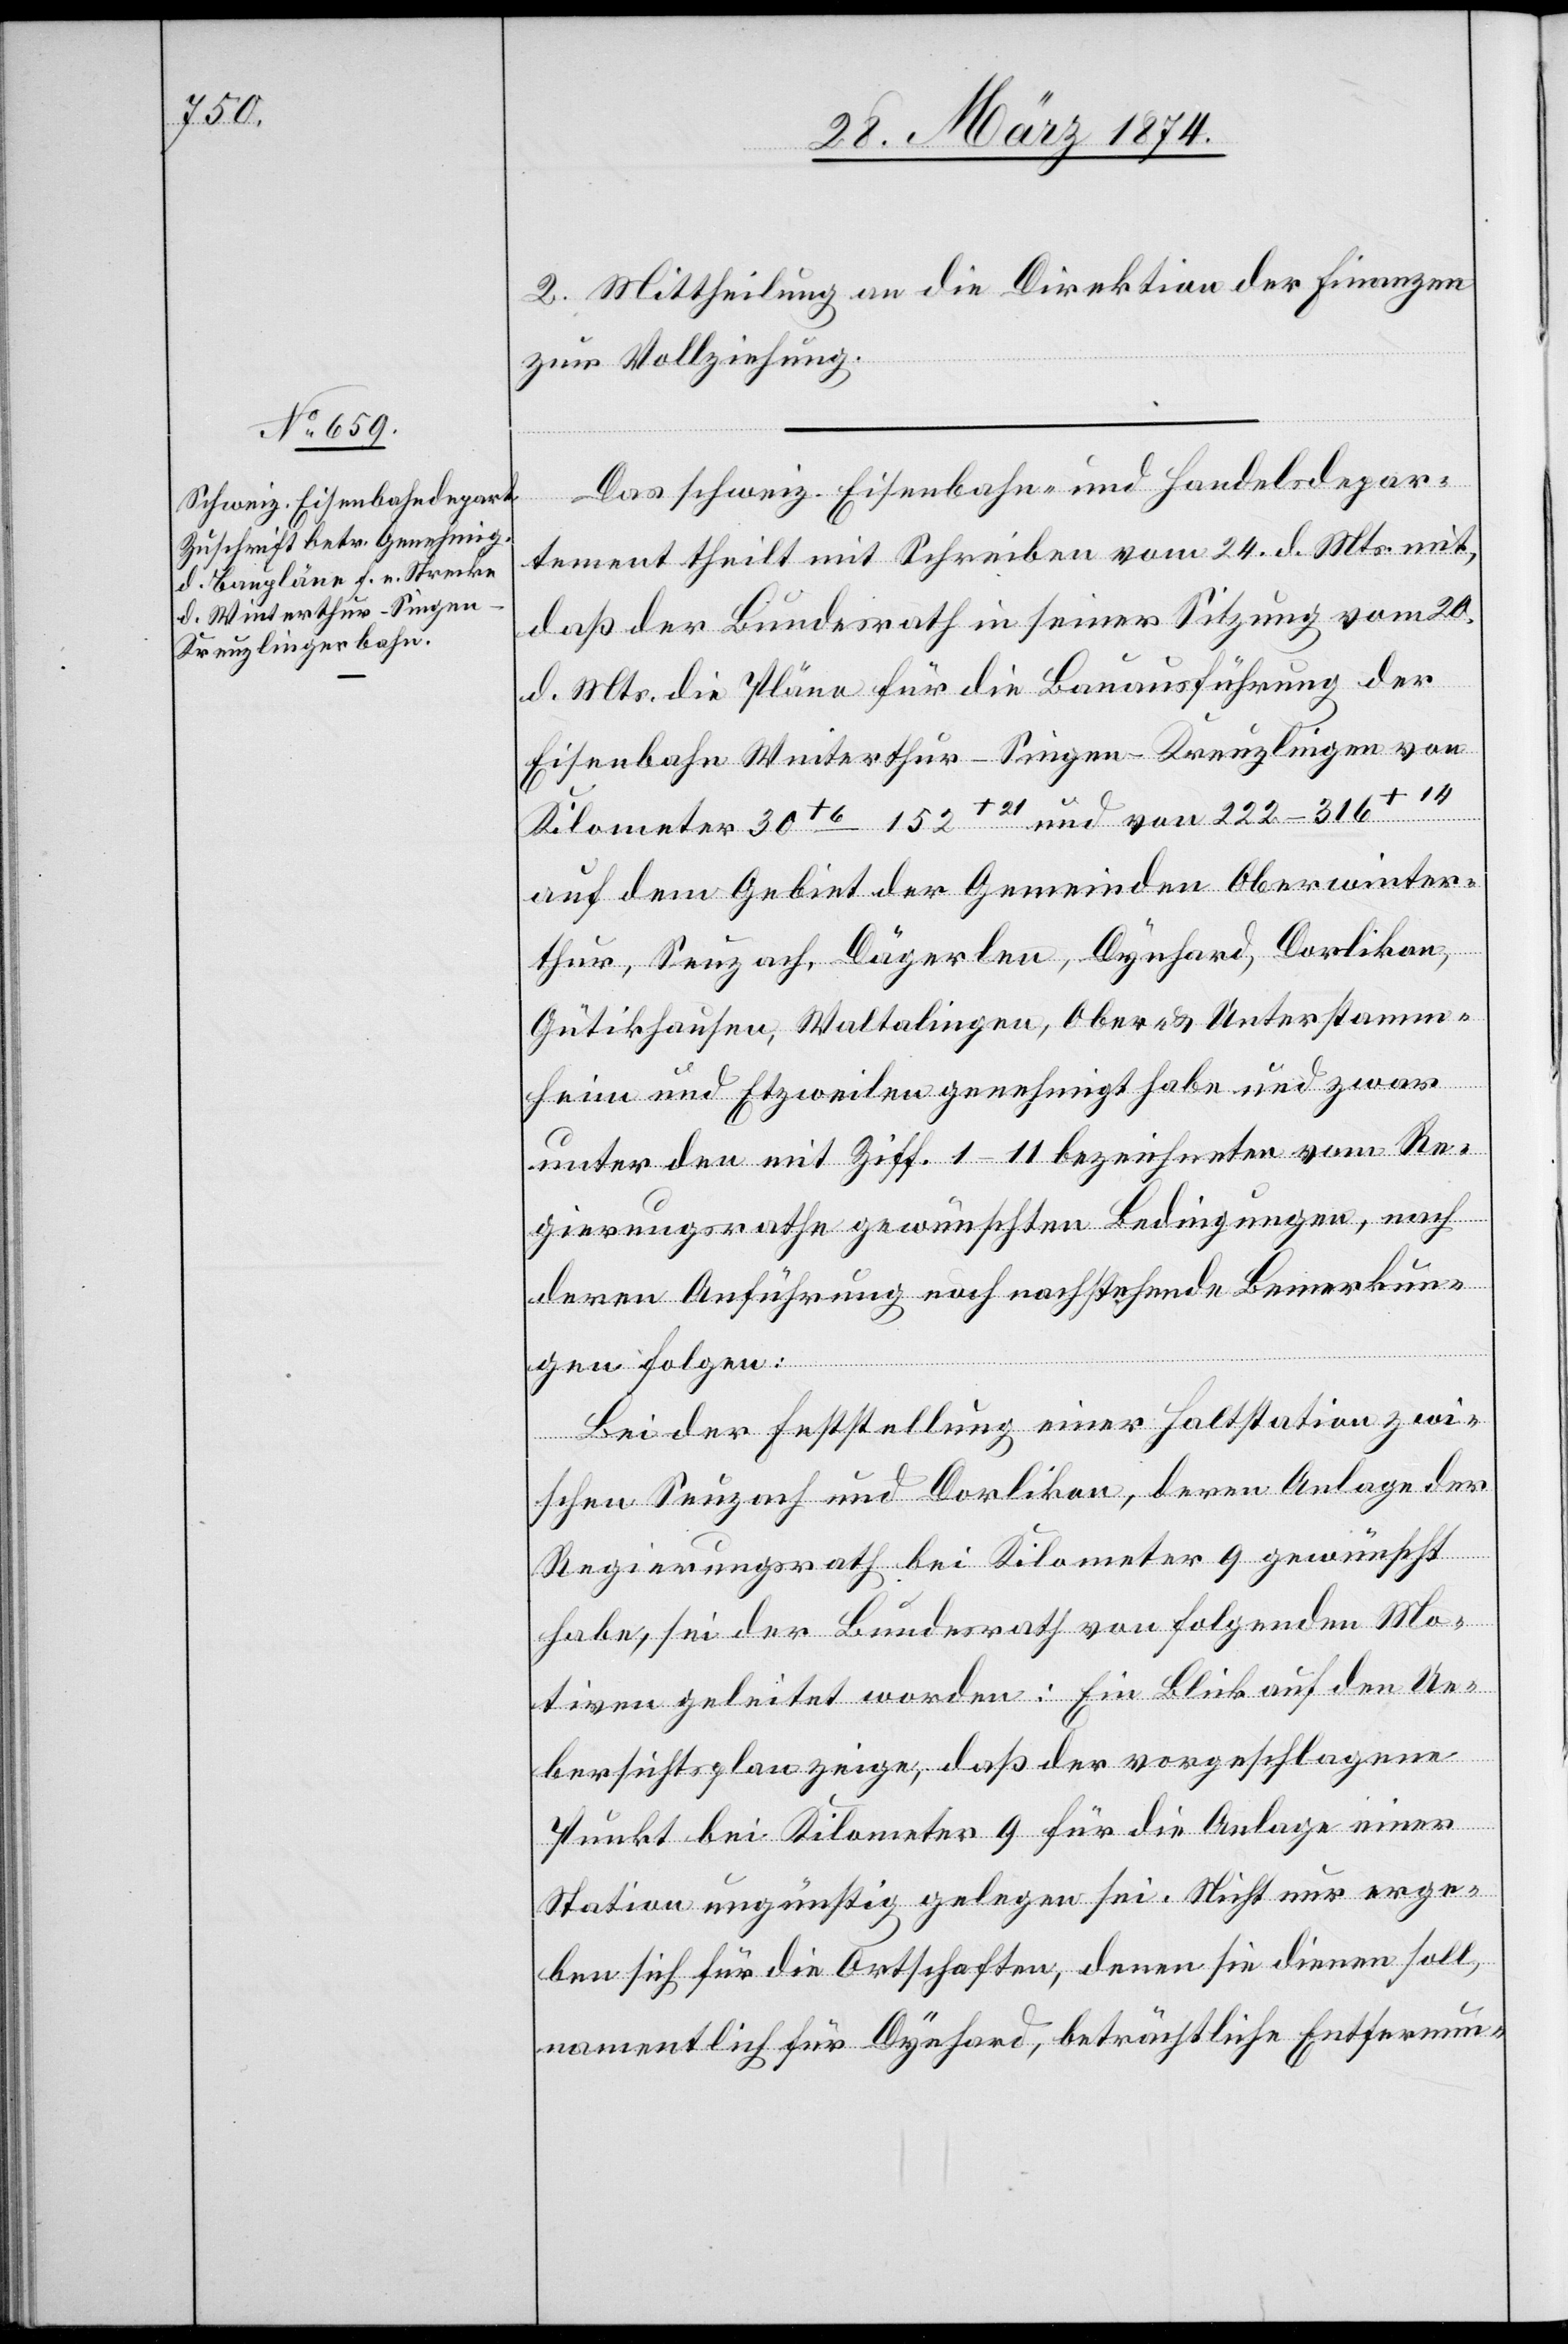
2. Mittheilung an die Direktion der Finanzen
zur Vollziehung.
Das schweiz. Eisenbahn- und Handelsdepar¬
tement theilt mit Schreiben vom 24. d. Mts. mit,
daß der Bundesrath in seiner Sitzung vom 20.
d. Mts. die Pläne für die Bauausführung der
Eisenbahn Winterthur-Singen-Kreuzlingen von
Kilometer 30+6–152+21 und von 222–316+14
auf dem Gebiet der Gemeinden Oberwinter¬
thur, Seuzach, Dägerlen, Dynhard, Dorlikon,
Gütikhausen, Waltalingen, Ober- u. Unterstamm¬
heim und Etzweilen genehmigt habe und zwar
unter den mit Ziff. 1–11 bezeichneten vom Re¬
gierungsrathe gewünschten Bedingungen, nach
deren Anführung noch nachstehende Bemerkun¬
gen folgen:
Bei der Feststellung einer Haltstation zwi¬
schen Seuzach und Dorlikon, deren Anlage der
Regierungsrath bei Kilometer 9 gewünscht
habe, sei der Bundesrath von folgenden Mo¬
tiven geleitet worden: Ein Blick auf den Ue¬
bersichtsplan zeige, daß der vorgeschlagene
Punkt bei Kilometer 9 für die Anlage einer
Station ungünstig gelegen sei. Nicht nur erge¬
ben sich für die Ortschaften, denen sie dienen soll,
namentlich für Dynhard, beträchtliche Entfernun-